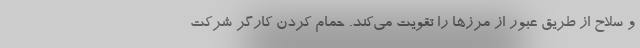
و سلاح از طریق عبور از مرزها را تقویت می‌کند. حمام کردن کارگر شرکت